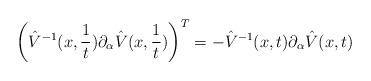
LaTeX: \begin{align*}\left( \hat{V}^{-1}(x,{\frac{1}{t}})\partial _{\alpha }\hat{V}(x,{\frac{1}{t}})\right) ^{T}=-\hat{V}^{-1}(x,t)\partial _{\alpha }\hat{V}(x,t) \end{align*}